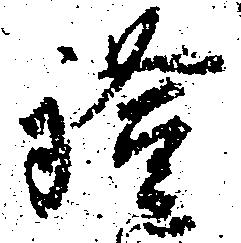
証